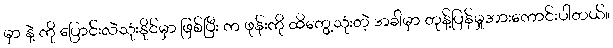
မှာ နဲ့ ကို ပြောင်းလဲသုံးနိုင်မှာ ဖြစ်ပြီး က ဖုန်းကို ထိတွေ့သုံးတဲ့ အခါမှာ တုန့်ပြန်မှုအားကောင်းပါတယ်။